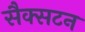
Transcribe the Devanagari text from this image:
सैक्सटन